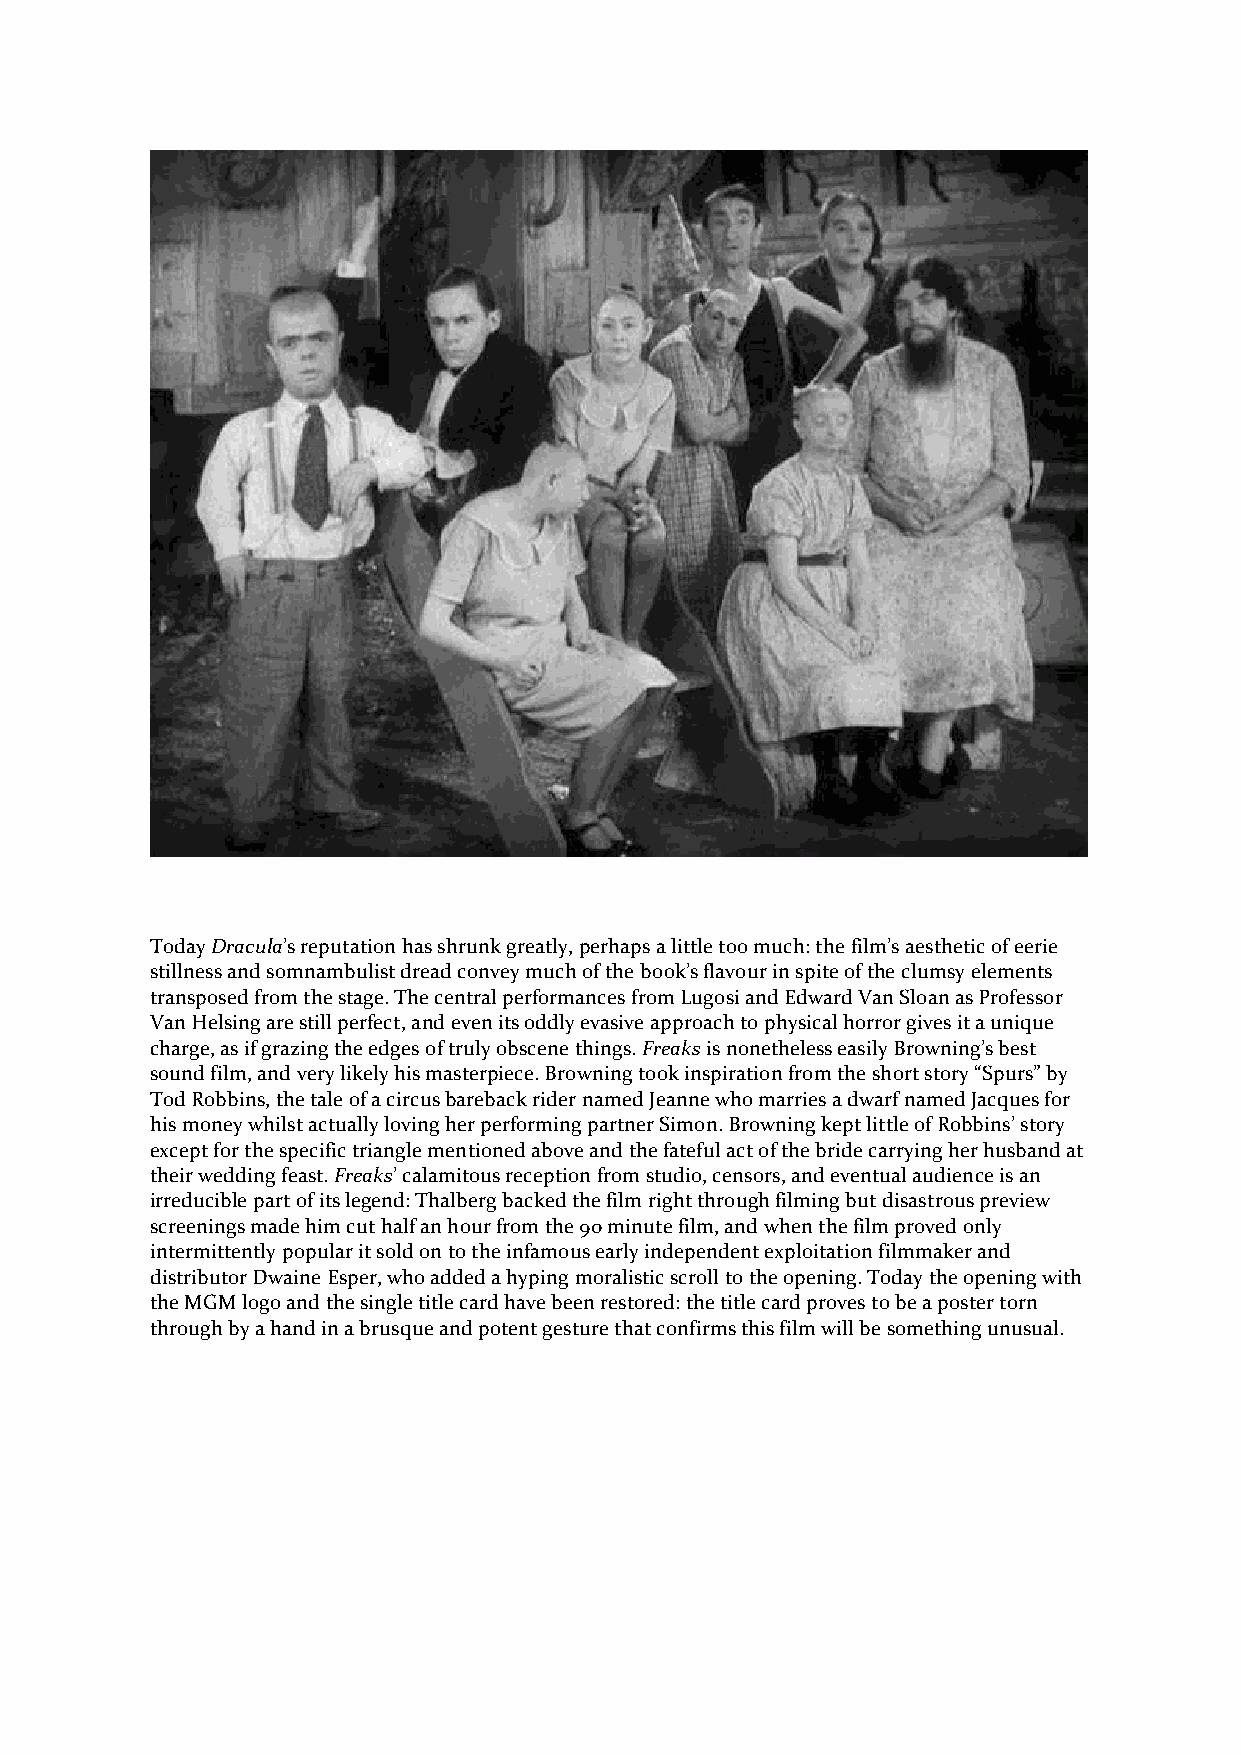
Today Dracula’s reputation has shrunk greatly, perhaps a little too much: the film’s aesthetic of eerie
 stillness and somnambulist dread convey much of the book’s flavour in spite of the clumsy elements
 transposed from the stage. The central performances from Lugosi and Edward Van Sloan as Professor
 Van Helsing are still perfect, and even its oddly evasive approach to physical horror gives it a unique
 charge, as if grazing the edges of truly obscene things. Freaks is nonetheless easily Browning’s best
 sound film, and very likely his masterpiece. Browning took inspiration from the short story “Spurs” by
 Tod Robbins, the tale of a circus bareback rider named Jeanne who marries a dwarf named Jacques for
 his money whilst actually loving her performing partner Simon. Browning kept little of Robbins’ story
 except for the specific triangle mentioned above and the fateful act of the bride carrying her husband at
 their wedding feast. Freaks’ calamitous reception from studio, censors, and eventual audience is an
 irreducible part of its legend: Thalberg backed the film right through filming but disastrous preview
 screenings made him cut half an hour from the 90 minute film, and when the film proved only
 intermittently popular it sold on to the infamous early independent exploitation filmmaker and
 distributor Dwaine Esper, who added a hyping moralistic scroll to the opening. Today the opening with
 the MGM logo and the single title card have been restored: the title card proves to be a poster torn
 through by a hand in a brusque and potent gesture that confirms this film will be something unusual.